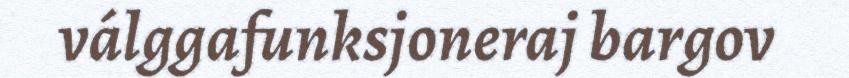
válggafunksjoneraj bargov